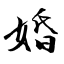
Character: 婚